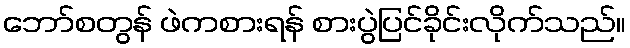
ဘော်စတွန် ဖဲကစားရန် စားပွဲပြင်ခိုင်းလိုက်သည်။